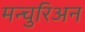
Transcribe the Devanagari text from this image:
मन्चुरिअन